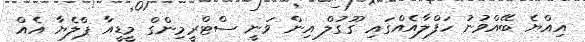
އިއްޔެ ބޭއްވުނު ހަފްލާއެއްގައި ގޫގުލް އިން ވަނީ ސްޓްރީމިންގް މީޑީއާ ޕްލެޔާ އެއް